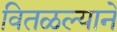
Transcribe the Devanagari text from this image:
वितळल्याने